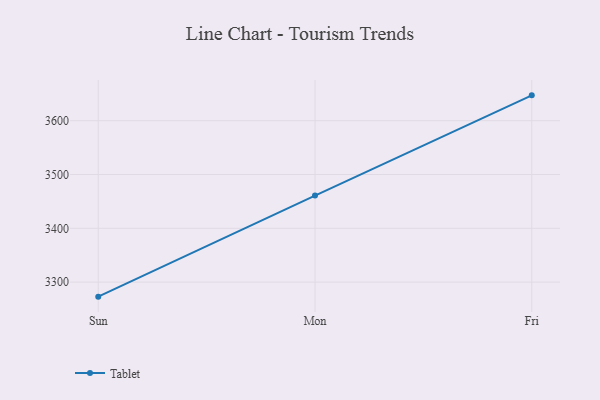
{"axis": {"x": "Day", "y": "Waste Production (Tons)"}, "legend": ["Tablet"], "data": [{"x": "Sun", "y": 3273.0, "type": "Tablet"}, {"x": "Mon", "y": 3460.9, "type": "Tablet"}, {"x": "Fri", "y": 3647.1, "type": "Tablet"}]}